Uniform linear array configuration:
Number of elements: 8
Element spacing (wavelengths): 0.75
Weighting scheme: blackman
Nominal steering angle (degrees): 30
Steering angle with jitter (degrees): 31.6
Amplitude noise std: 0.05
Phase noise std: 0.05

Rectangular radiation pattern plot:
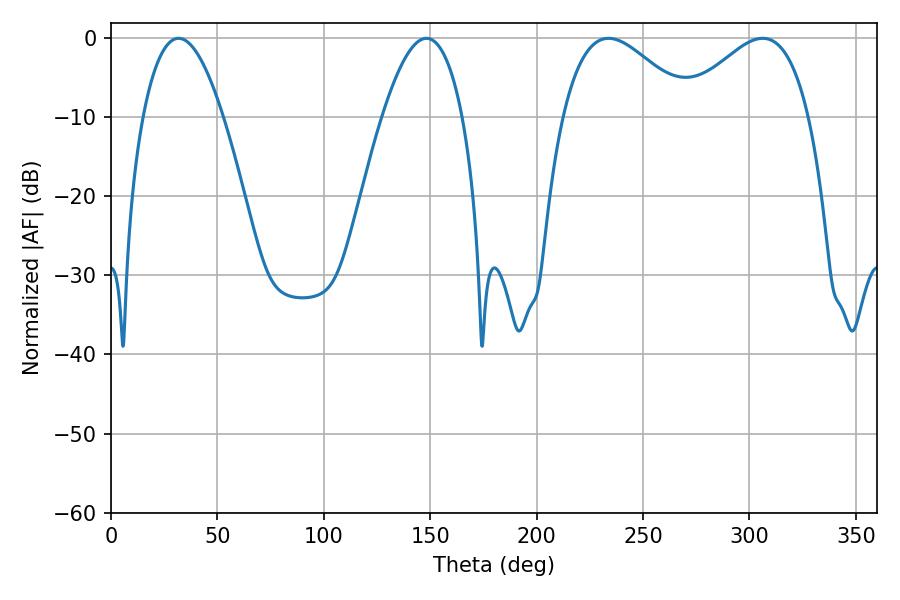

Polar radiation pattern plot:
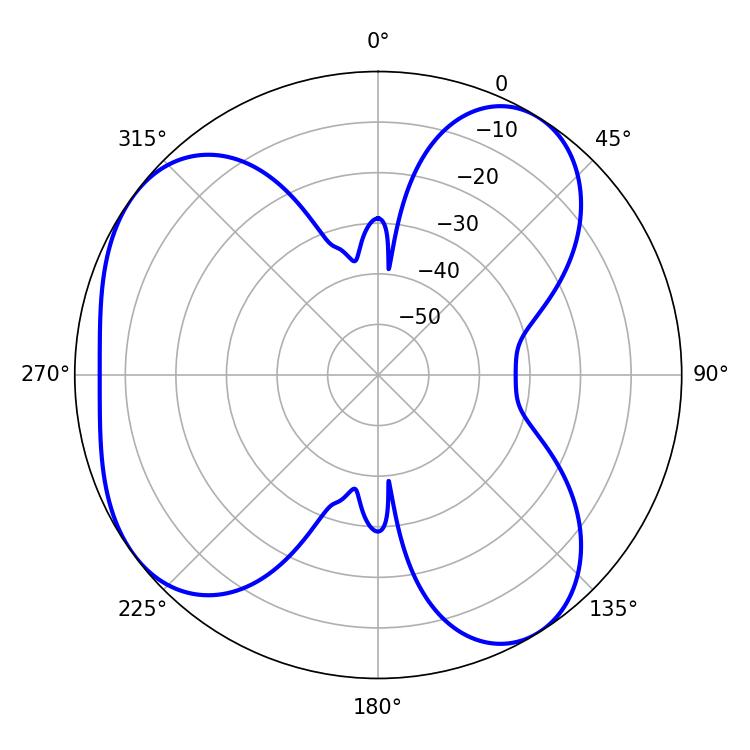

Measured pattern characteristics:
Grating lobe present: TRUE
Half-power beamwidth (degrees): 32.58
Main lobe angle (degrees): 233.82